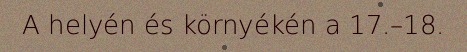
A helyén és környékén a 17.–18.